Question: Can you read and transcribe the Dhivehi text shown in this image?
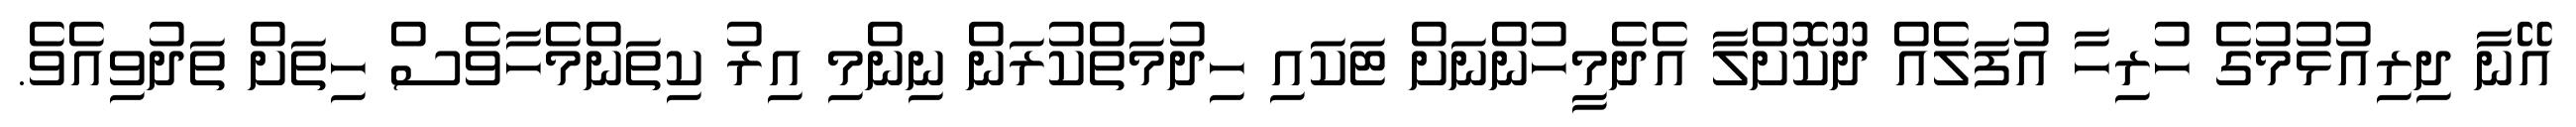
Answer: އޭނާ ދިރިއުޅުމުގެ ހުރިހާ އުފަލެއް ދޫކޮށްލާ އެދެމީހުންނަށް ޓަކައި ހިދުމަތްކުރަން ނިންމި އިރު ކިތަންމެހާވެސް ހިތަށް ތަދުވިއެވެ.